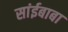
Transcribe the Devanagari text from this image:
सांईबाबा